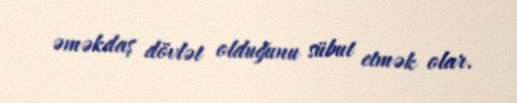
əməkdaş dövlət olduğunu sübut etmək olar.